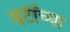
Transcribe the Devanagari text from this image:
वर्टींच्या